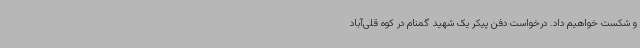
و شکست خواهیم داد. درخواست دفن پیکر یک شهید گمنام در کوه قلی‌آباد